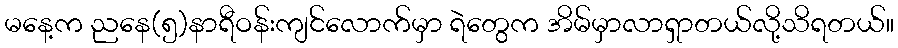
မနေ့က ညနေ(၅)နာရီဝန်းကျင်လောက်မှာ ရဲတွေက အိမ်မှာလာရှာတယ်လို့သိရတယ်။